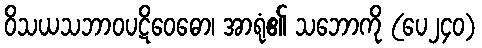
ဝိသယသဘာဝပဋိဝေဓော၊ အာရုံ၏ သဘောကို (ပေ၂၄၀)